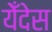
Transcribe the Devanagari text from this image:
येँदेस